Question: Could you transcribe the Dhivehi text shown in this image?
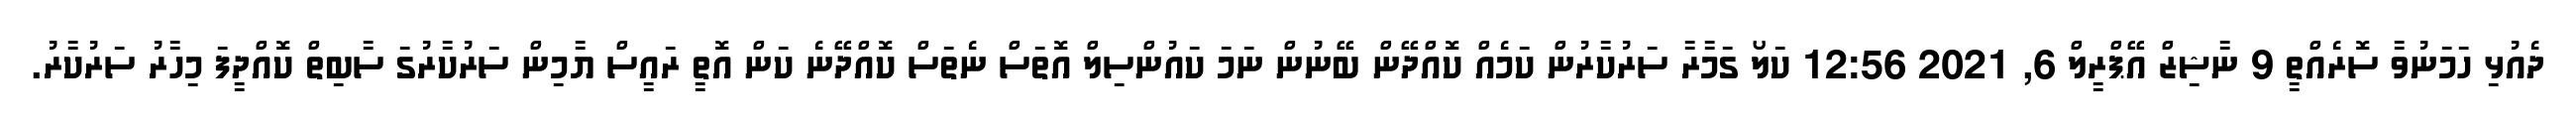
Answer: ދެއުޅި ހަމަނުވާ ސޮރެއްތީ 9 ނާޝިޒް އޭޕްރީލް 6, 2021 12:56 ކަލޯ ގަމާރާ ސަރުކާރުން ކަމެއް ކޮއްދޭން ބޭނުން ނަމަ ކައުންސިލް އޮތަސް ނެތަސް ކޮއްދޭނެ ކަން އޮތީ ރައީސް ޔާމިން ސަރުކާރުގަ ސާބިތް ކޮއްދީފަ މިހާރު ސަރުކާރު.